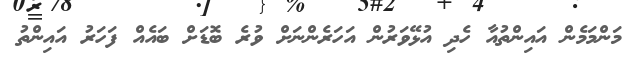
މަންމަމެން އައިންތުއާ ހެދި އުޅޭވަރުން އަހަރެންނަށް ވުރެ ބޮޑަށް ބައެއް ފަހަރު އައިންތު